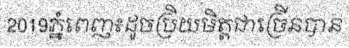
2019ភ្នំពេញ៖ដូចប្រិយមិត្តជាច្រើនបាន